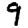
Digit: 9